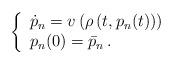
LaTeX: \begin{align*} \left\{ \begin{array}{l} \dot p_n = v\left(\rho\left( t,p_{n}(t)\right) \right) \\ p_{n}(0) = \bar p_{n}\,. \end{array} \right. \end{align*}